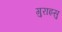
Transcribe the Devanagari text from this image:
गुराइसु